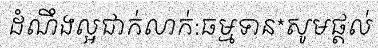
ដំណឹងល្អជាក់លាក់:ធម្មទាន*សូមផ្តល់